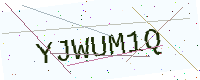
Text: YJWUM1Q